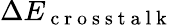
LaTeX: \Delta E_{\mathrm{~c~r~o~s~s~t~a~l~k~}}